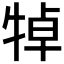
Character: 𤙴